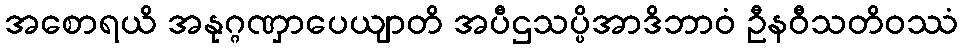
အစောရယိ အနုဂ္ဂဏှာပေယျာတိ အပီဌသပ္ပိအာဒိဘာဝံ ဦနဝီသတိဝဿံ